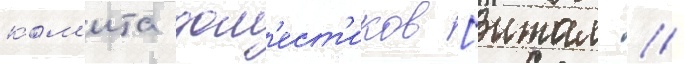
ком'ита дом'ест'иков [итал. //